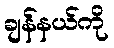
ချန်နယ်ကို